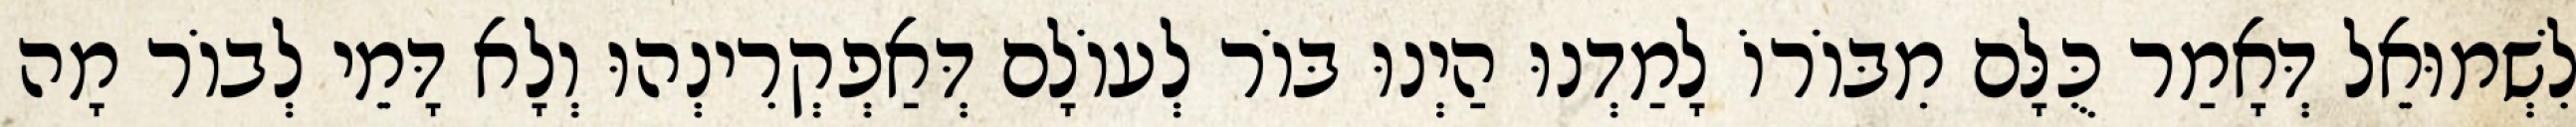
לִשְׁמוּאֵל דְּאָמַר כֻּלָּם מִבּוֹרוֹ לָמַדְנוּ הַיְנוּ בּוֹר לְעוֹלָם דְּאַפְקְרִינְהוּ וְלָא דָּמֵי לְבוֹר מָה